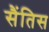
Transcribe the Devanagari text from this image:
सैंतिस